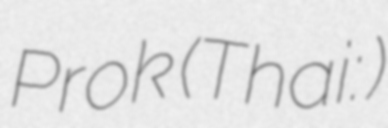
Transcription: Prok (Thai: วัดนาคปรก)